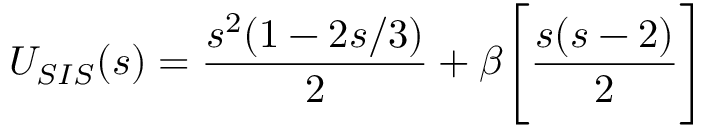
U _ { S I S } ( s ) = \displaystyle \frac { s ^ { 2 } ( 1 - 2 s / 3 ) } { 2 } + \beta \Biggl [ \frac { s ( s - 2 ) } { 2 } \Biggr ]